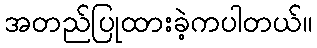
အတည်ပြုထားခဲ့ကပါတယ်။